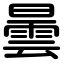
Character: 曇